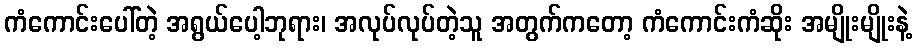
ကံကောင်းပေါ်တဲ့ အရွယ်ပေါ့ဘုရား၊ အလုပ်လုပ်တဲ့သူ အတွက်ကတော့ ကံကောင်းကံဆိုး အမျိုးမျိုးနဲ့